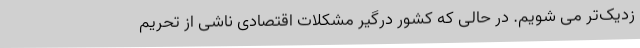
زدیک‌تر می شویم. در حالی که کشور درگیر مشکلات اقتصادی ناشی از تحریم